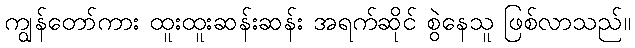
ကျွန်တော်ကား ထူးထူးဆန်းဆန်း အရက်ဆိုင် စွဲနေသူ ဖြစ်လာသည်။